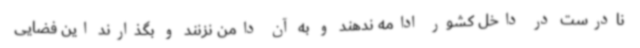
نادرست در داخل کشور ادامه ندهند و به آن دامن نزنند و بگذارند این فضایی